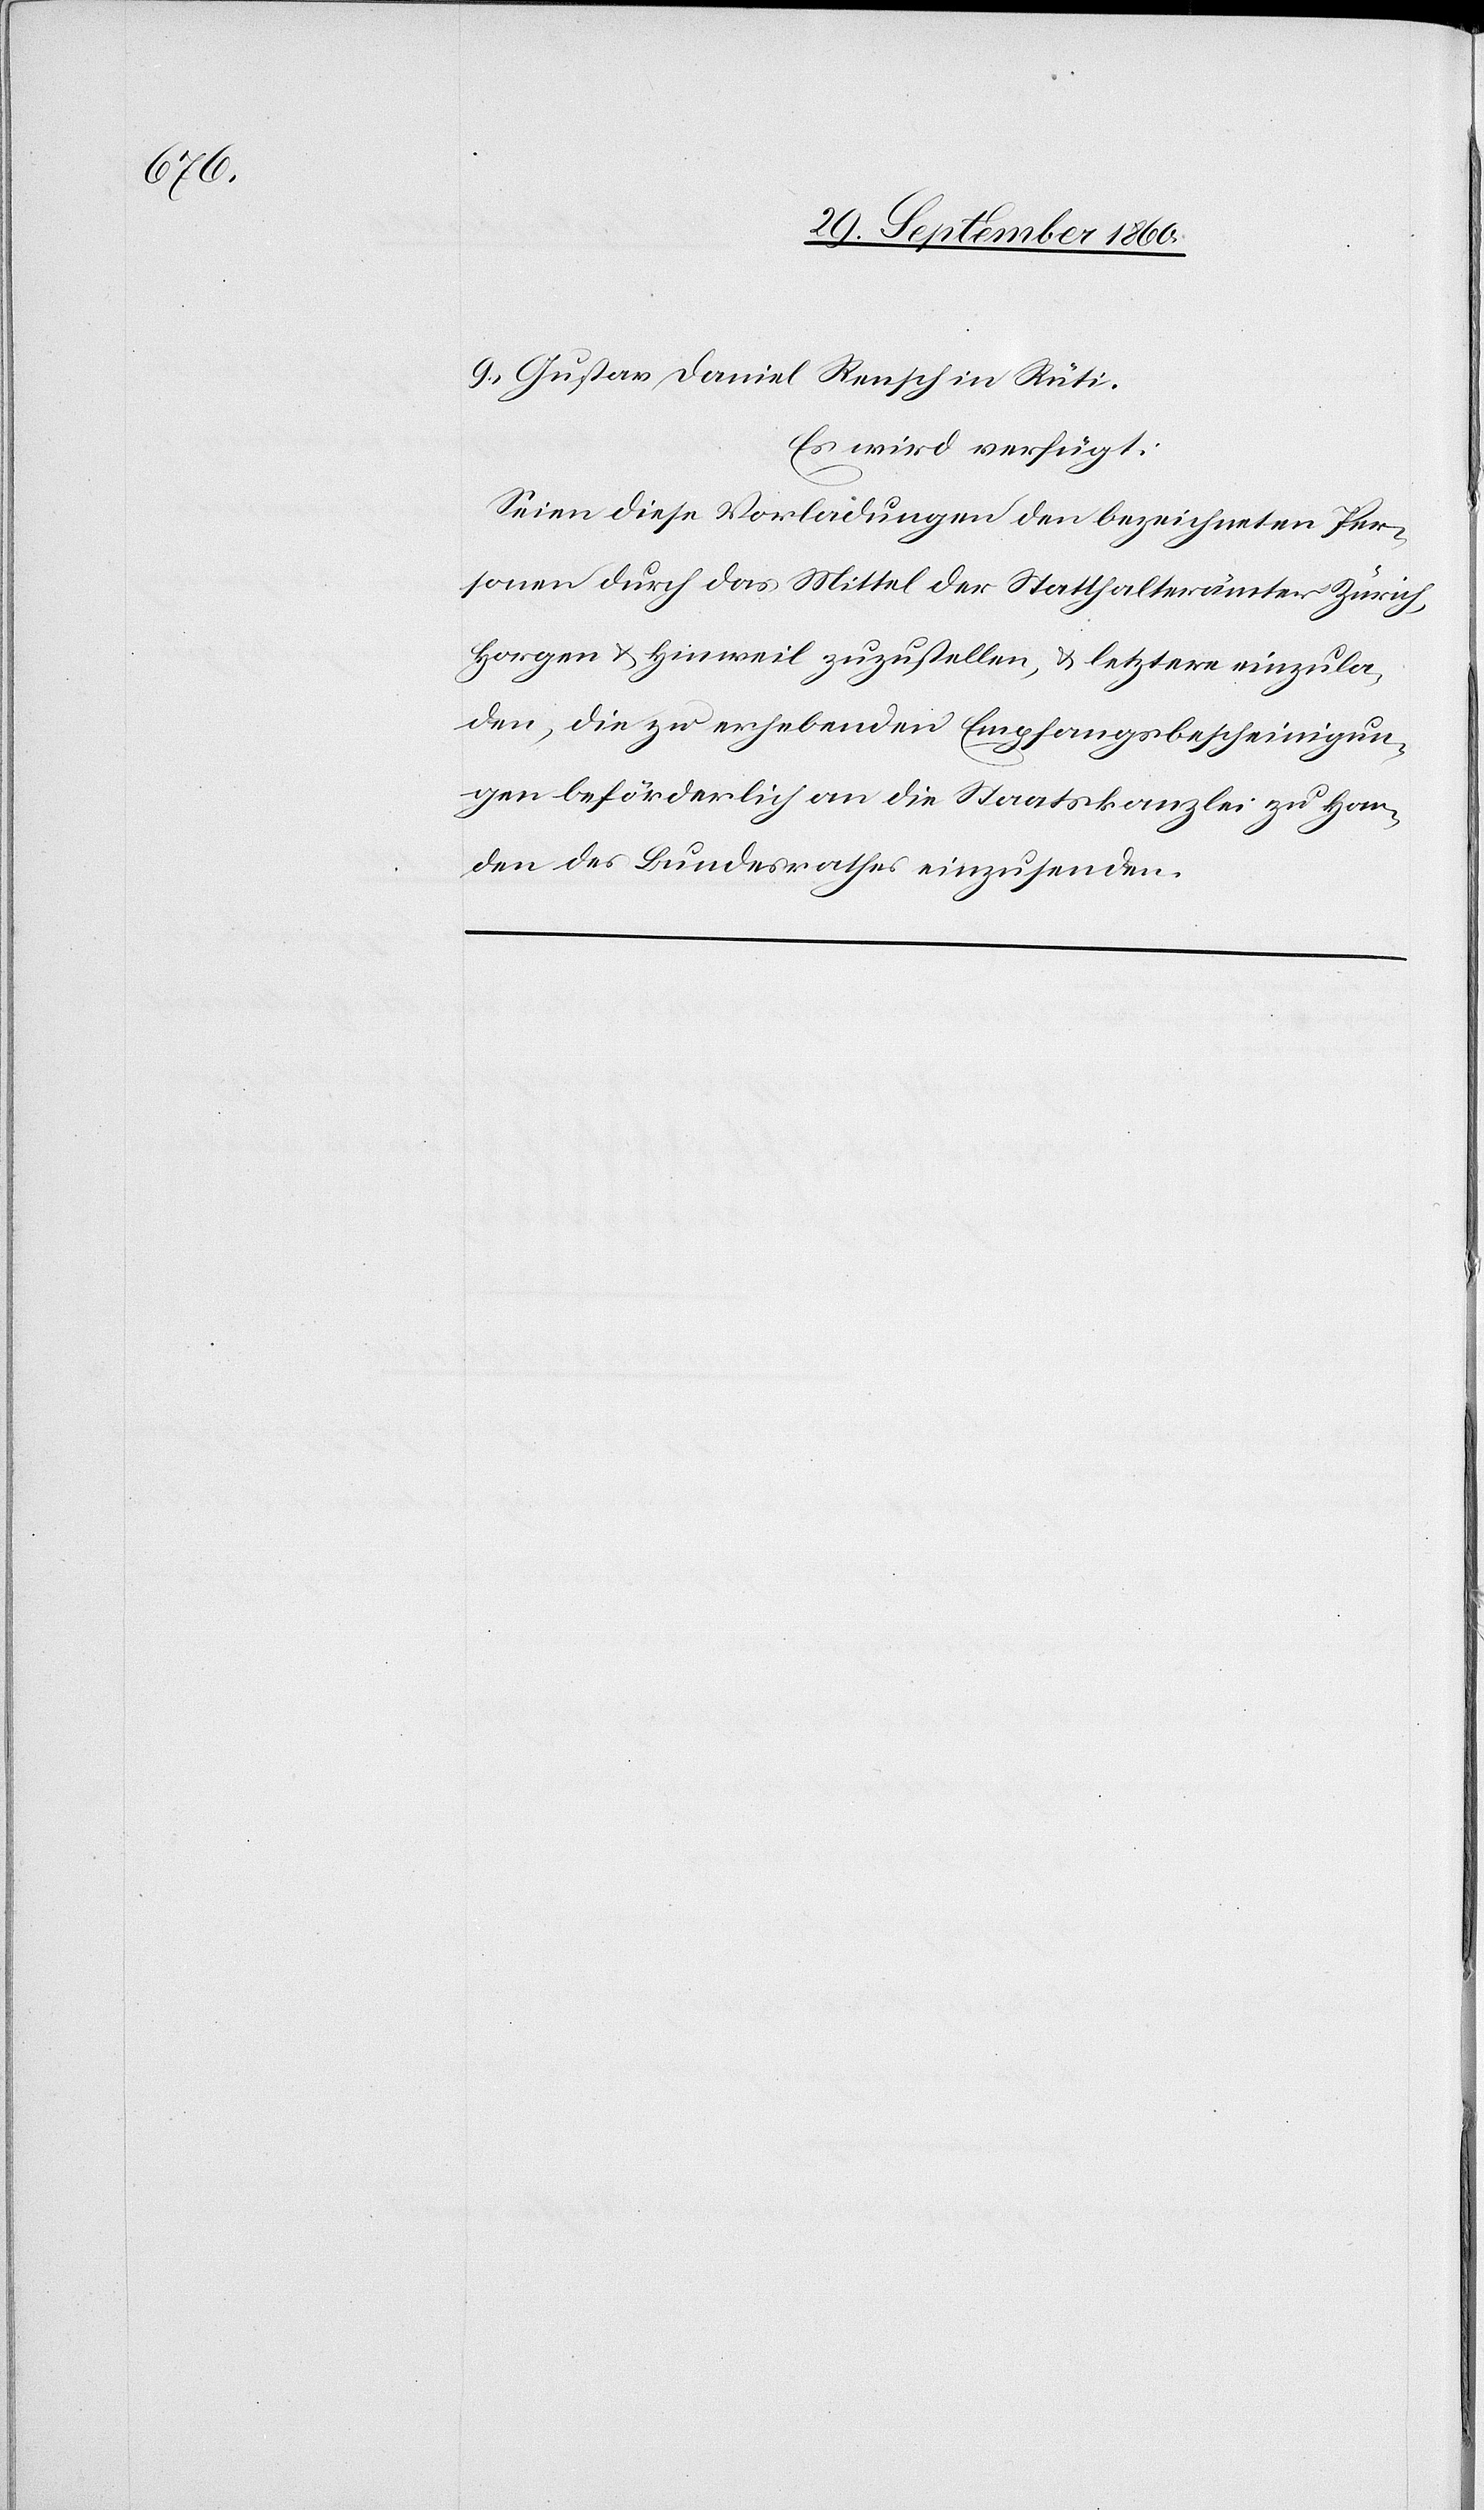
9. Gustav Daniel Rensch in Rüti
Es wird verfügt:
Seien diese Vorladungen den bezeichneten Per¬
sonen durch das Mittel der Statthalterämter Zürich,
Horgen u. Hinweil zuzustellen u. letztere einzula¬
den, die zu erhebenden Empfangsbescheinigun¬
gen beförderlich an die Staatskanzlei zu Han¬
den des Bundesrathes einzusenden.